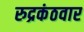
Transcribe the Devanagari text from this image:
रुद्रकंठवार